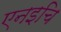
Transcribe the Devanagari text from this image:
एनइचि